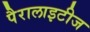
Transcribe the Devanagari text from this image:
पैरालाइटीज